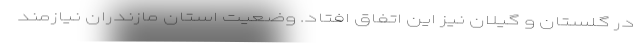
در گلستان و گیلان نیز این اتفاق افتاد. وضعیت استان مازندران نیازمند